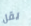
يقل